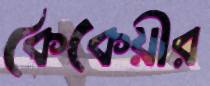
কৈকেয়ীর